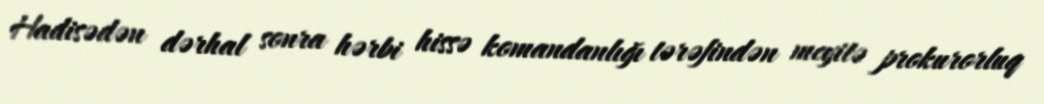
Hadisədən dərhal sonra hərbi hissə komandanlığı tərəfindən meyitə prokurorluq